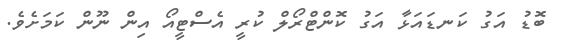
ބޮޑު އަގު ކަނޑައަޅާ އަގު ކޮންޓްރޯލް ކުރީ އެސްޓީއޯ އިން ނޫން ކަމަށެވެ.